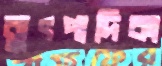
ব্যুৎপাদিকা